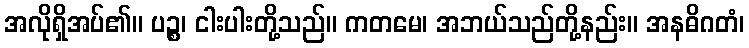
အလိုရှိအပ်၏။ ပဉ္စ၊ ငါးပါးတို့သည်။ ကတမေ၊ အဘယ်သည်တို့နည်း။ အနဓိဂတံ၊